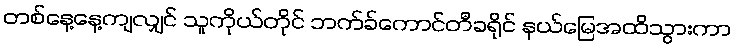
တစ်နေ့နေ့ကျလျှင် သူကိုယ်တိုင် ဘက်ခ်ကောင်တီခရိုင် နယ်မြေအထိသွားကာ